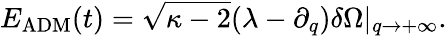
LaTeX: E_{\mathrm{ADM}}(t)=\sqrt{\kappa-2}(\lambda-\partial_{q})\delta\Omega|_{q\rightarrow+\infty}.